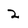
Character: 2